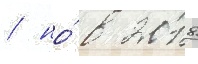
/ но́ в 2018